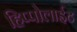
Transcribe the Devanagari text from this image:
हिप्पोलाईट